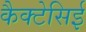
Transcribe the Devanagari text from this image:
कैक्टेसिई